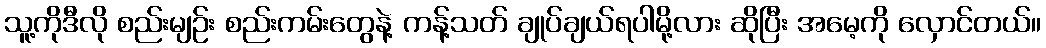
သူ့ကိုဒီလို စည်းမျဉ်း စည်းကမ်းတွေနဲ့ ကန့်သတ် ချုပ်ချယ်ရပါမို့လား ဆိုပြီး အမေ့ကို လှောင်တယ်။